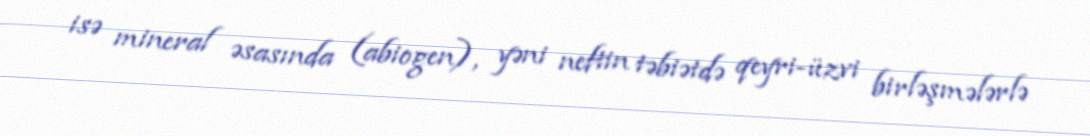
isə mineral əsasında (abiogen), yəni neftin təbiətdə qeyri-üzvi birləşmələrlə